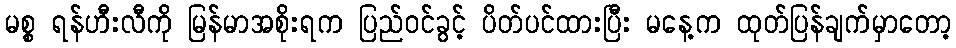
မစ္စ ရန်ဟီးလီကို မြန်မာအစိုးရက ပြည်ဝင်ခွင့် ပိတ်ပင်ထားပြီး မနေ့က ထုတ်ပြန်ချက်မှာတော့